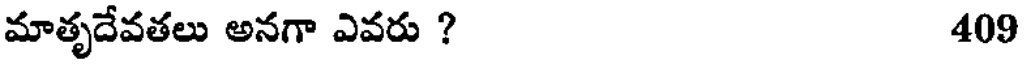
మాతృదేవతలు అనగా ఎవరు ? 409